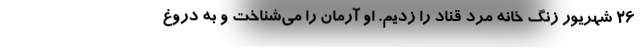
26 شهریور زنگ خانه مرد قناد را زدیم. او آرمان را می‌شناخت و به دروغ